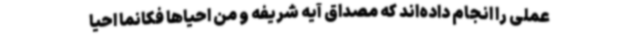
عملی را انجام داده‌اند که مصداق آیه شریفه و من احیاها فکانما احیا